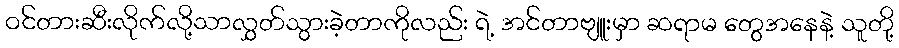
ဝင်တားဆီးလိုက်လို့သာလွှတ်သွားခဲ့တာကိုလည်း ရဲ့ အင်တာဗျူးမှာ ဆရာမ တွေအနေနဲ့ သူတို့